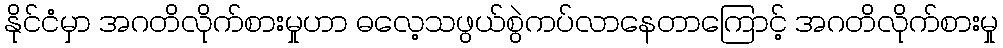
နိုင်ငံမှာ အဂတိလိုက်စားမှုဟာ ဓလေ့သဖွယ်စွဲကပ်လာနေတာကြောင့် အဂတိလိုက်စားမှု